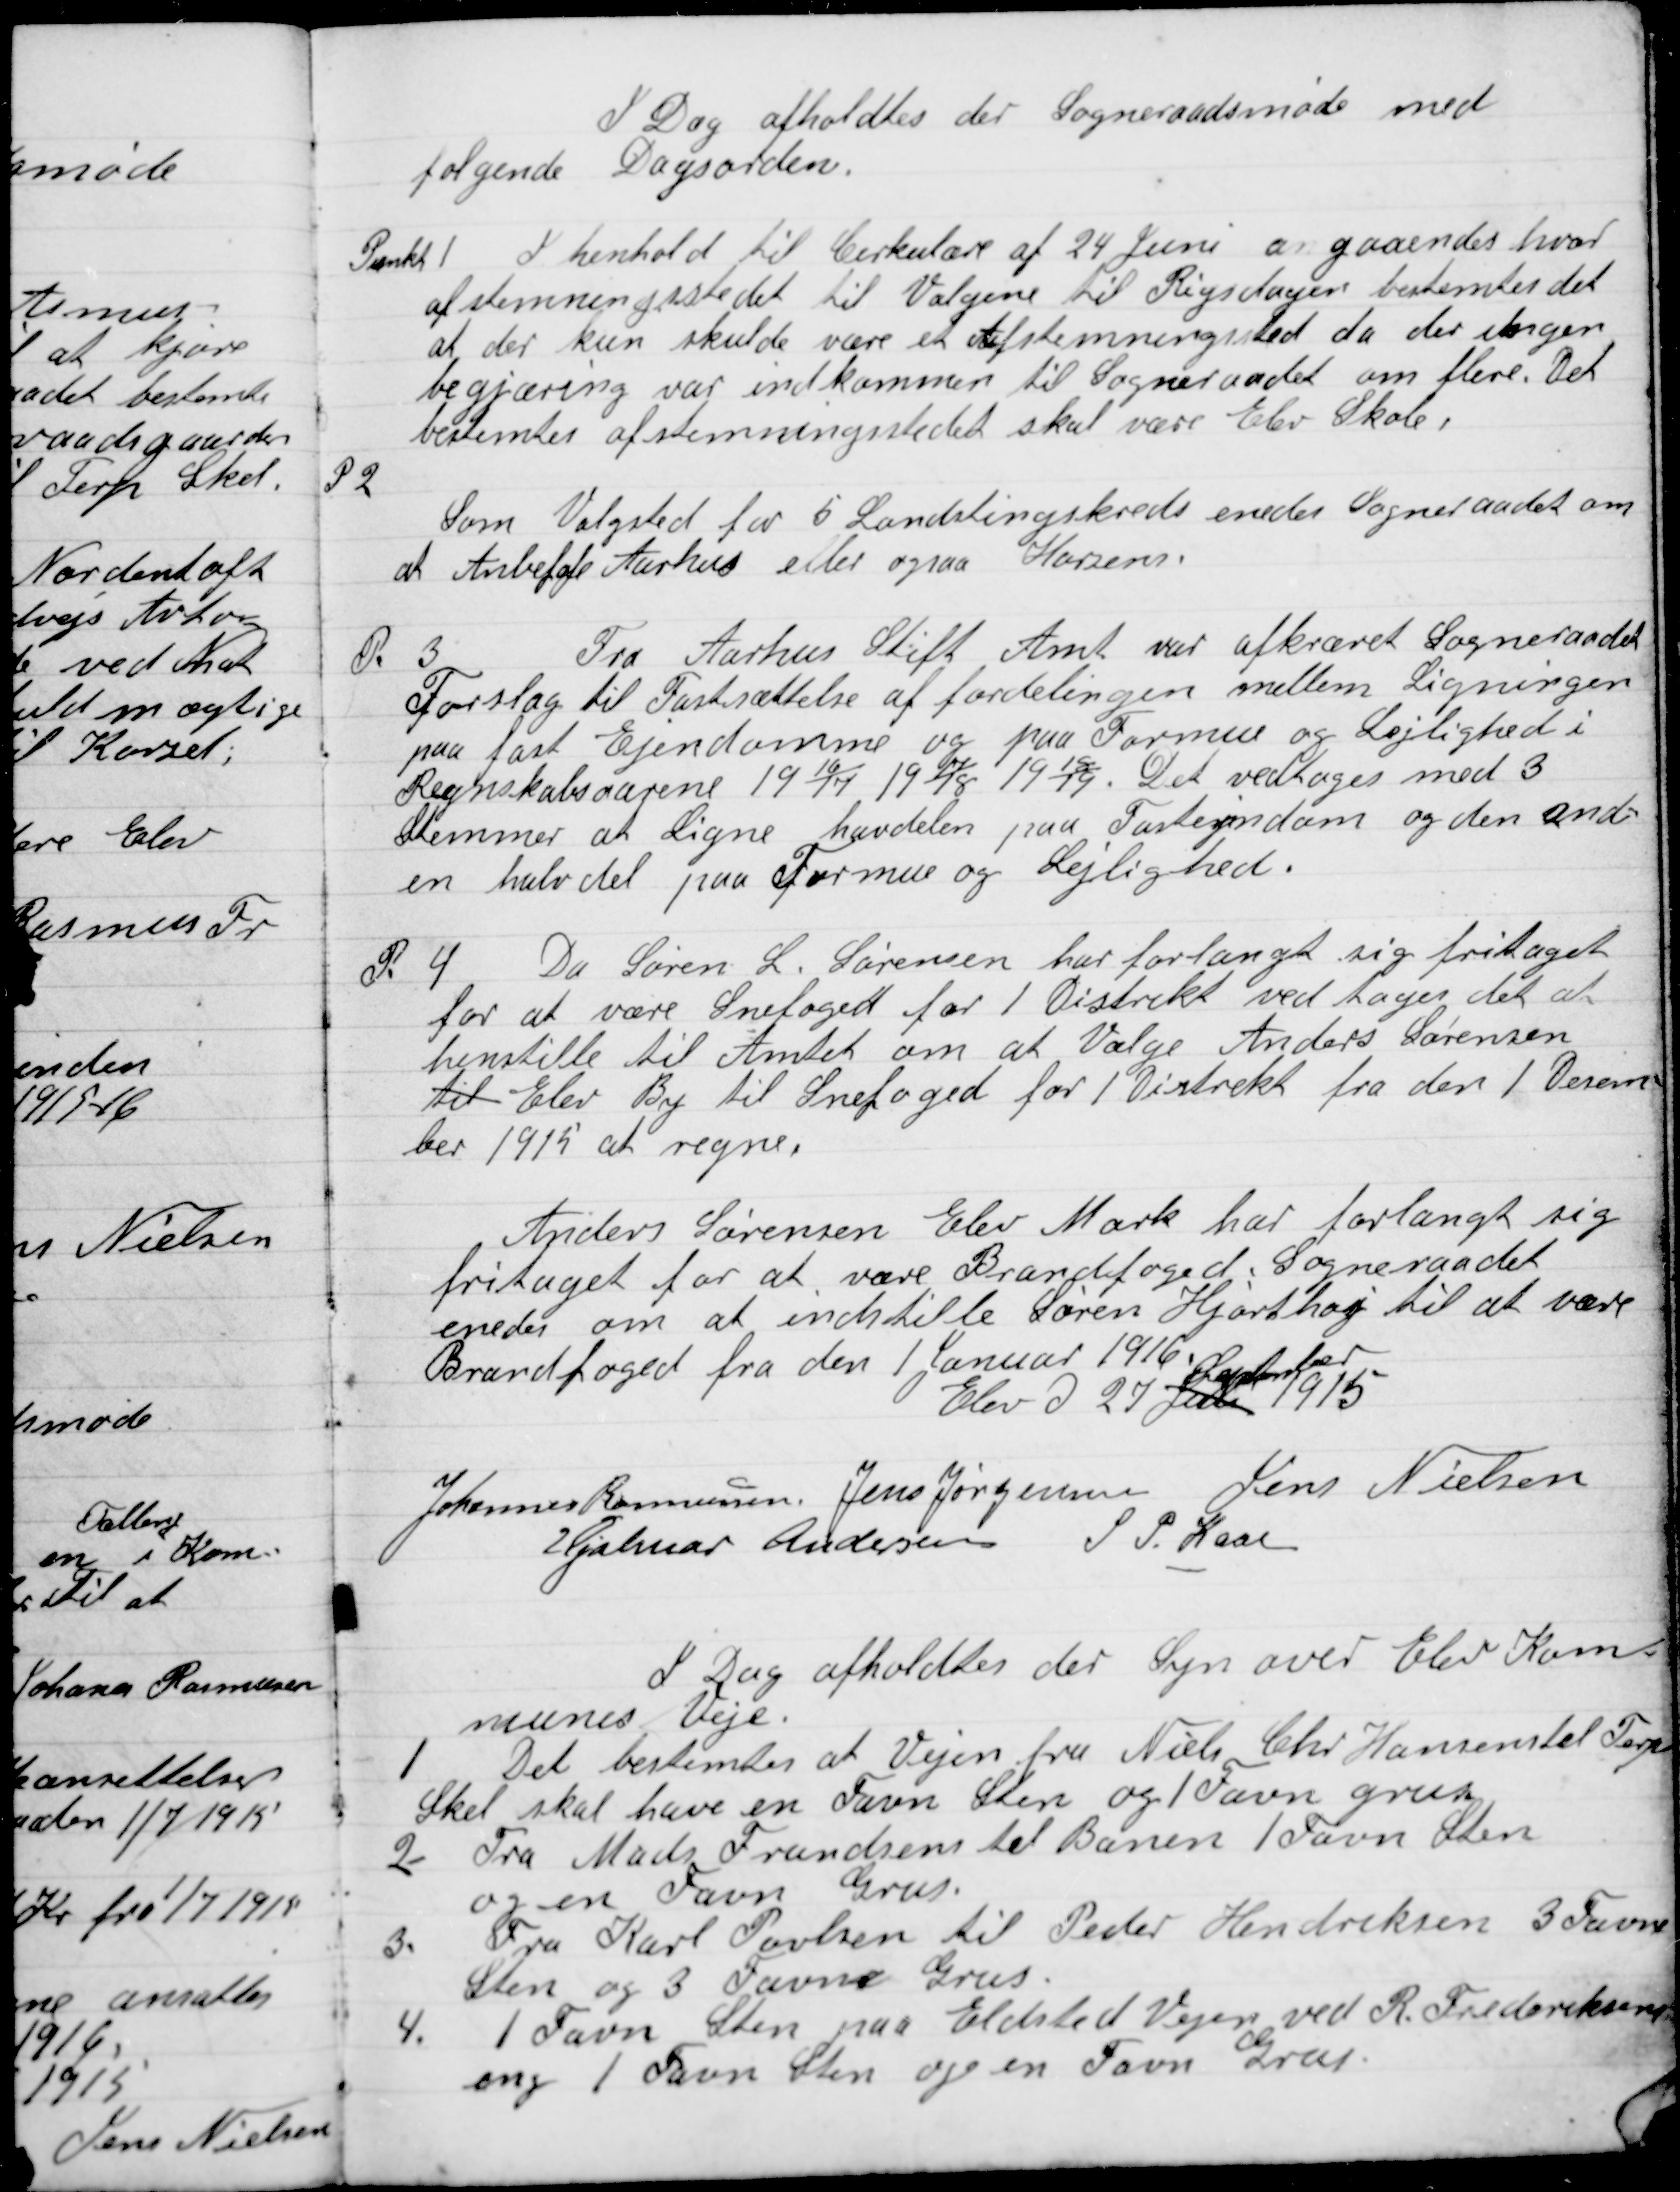
Transskription:
I Dag afholdtes der Sogneraadsmøde med
følgende Dagsorden

Punkt 1

I henhold til Cirkulære af 24 Juni angaaendes hvor
afstemningsstedet til Valgene til Rigsdagen bestemtes det
at der kun skulde være et Afstemningssted da der engang
begjæring var indkommen til Sogneraadet om flere. Det
bestemtes afstemningsstedet skal være Elev Skole.

P 2

Som Valgsted for 5 Landtingskreds enedes Sogneraadet om
at Anbefale Aarhus eller ogsaa Horsens.

P 3

Fra Aarhus Stift Amt var afkrævet Sogneraadet
Forslag til Fastsættelse af fordelingen mellem Ligningen
paa fast Ejendomme og paa Formue og Lejlighed i
regnskabsaarene 1916-17, 1918-19. Det vedtoges med 3
stemmer at Ligne halvdelen paa Fast ejendom og den and-
en halvdel paa Formue og Lejlighed.

P 4

Da Søren L. Sørensen har forlangt sig fritaget
for at være Snefoged for 1 Oktober vedtoges det at
henstille til Amtet om at Vælge Anders Sørensen
til Elev By til Snefoged for Distrikt fra den 1Decem-
ber 1915 at regne.

Anders Sørensen Elev Mark har forlangt sig
Fritaget for at være Brandfoged. Sogneraadet
enedes om at indstille Søren Hjortshøj til at være
Brandfoged fra den 1 Januar 1916 .

Elev D. 27 Juli
September
1915

Johannes Rasmussen
Jens Jørgensen
Jens Nielsen
Hjalmar Andersen
S. P. Kaae

I Dag afholdtes der Syn over Elev Kom-
munes Veje.

1

Det bestemtes at Vejen fra Niels Chr. Hansen til Terp
Skel skal have en Favn Sten

2

Fra Mads Frandsen til Banen 1 Favn Sten
og en Favn Grus

3

Fra Karl Poulsen til Peder Hendriksen 3 Favn
Sten og 3 Favne Grus

4

1 Favn Sten paa Elsted Vejen ved R. Frederiksen
eng 1 Favn Sten og en Favn Grus.